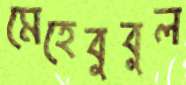
মেহেবুবুল